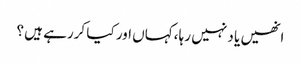
انھیں یا د نہیں رہا ،کہاں اور کیا کررہے ہیں ؟